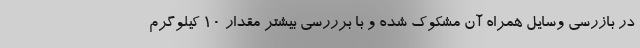
در بازرسی وسایل همراه آن مشکوک شده و با برررسی بیشتر مقدار ۱۰ کیلوگرم